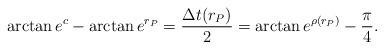
LaTeX: \begin{align*}\arctan e^c - \arctan e^{r_P} =\frac{\Delta t(r_P)}{2} = \arctan e^{\rho(r_P)} - \frac{\pi}{4}.\end{align*}